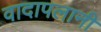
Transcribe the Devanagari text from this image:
वादापलानी